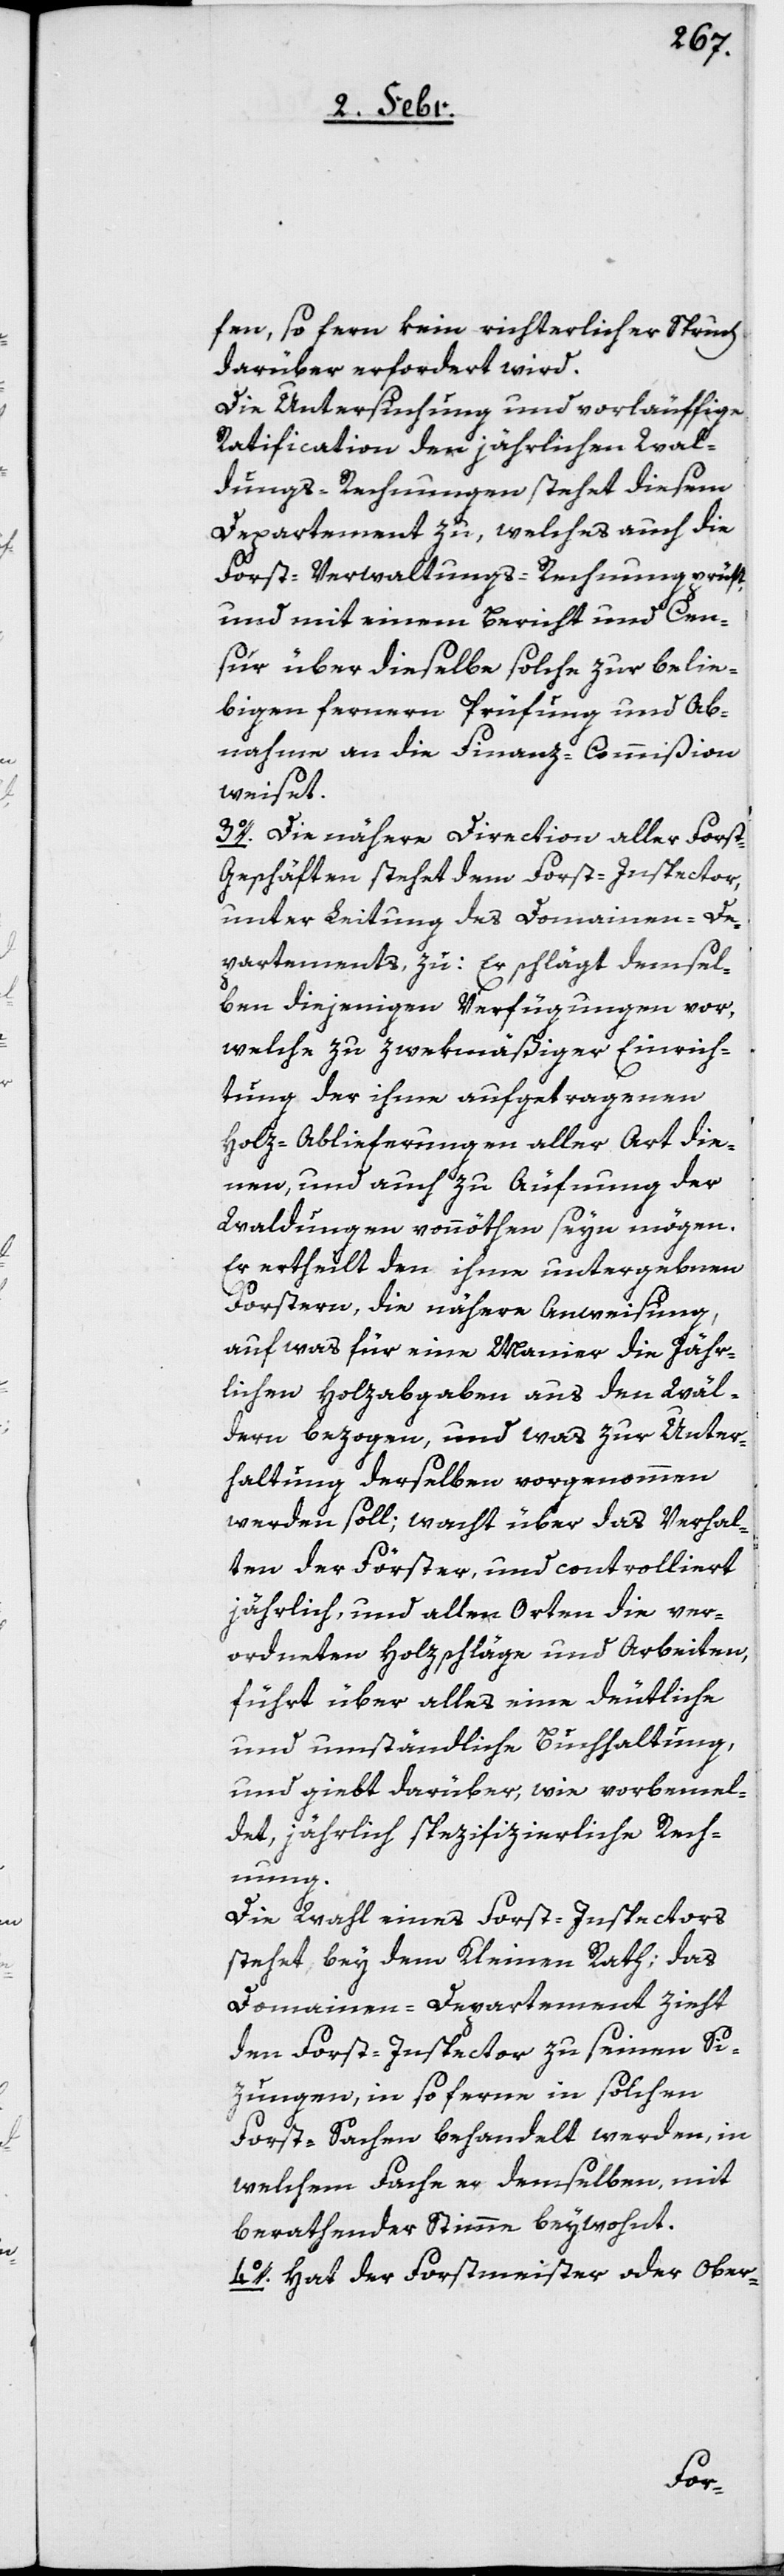
fen, so fern kein richterlicher Spruch
darüber erfordert wird.
Die Untersuchung und vorläuffige
Ratification der jährlichen Wal¬
dungs-Rechnungen stehet diesem
Departement zu, welches auch die
Forst-Verwaltungs-Rechnung prüft,
und mit einem Bericht und Cen¬
sur über dieselbe solche zur belie¬
bigen ferneren Prüfung und Ab¬
nahme an die Finanz-Commißion
weiset.
3o. Die nähere Direction aller Fors¬
t-Geschäften stehet dem Forst-Inspector,
unter Leitung des Domainen-De¬
partements zu: Er schlägt demsel¬
ben diejenigen Verfügungen vor,
welche zu zwekmäßiger Einrich¬
tung der ihme aufgetragenen
Holz-Ablieferungen aller Art die¬
nen, und auch zu Äufnung der
Waldungen vonnöthen seyn mögen.
Er ertheilt den ihme untergebenen
Forstern die nähere Anweisung,
auf was für eine Manier die jähr¬
lichen Holzabgaben aus den Wäl¬
dern bezogen, und was zur Unter¬
haltung derselben vorgenommen
werden soll; wacht über das Verhal¬
ten der Förster und controlliert
jährlich, und allen Orten die ver¬
ordneten Holzschläge und Arbeiten,
führt über alles eine deutliche
und umständliche Buchhaltung,
und giebt darüber, wie vorbemel¬
det, jährlich spezifizierliche Rech¬
nung.
Die Wahl eines Forst-Inspectors
stehet bey dem Kleinen Rath; das
Domainen-Departement zieht
den Forst-Inspector zu seinen Si¬
zungen, in so ferne in solchen
Forst-Sachen behandelt werden, in
welchem Fache er demselben, mit
berathender Stimme beywohnt.
4o. Hat der Forstmeister oder Ober-